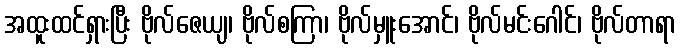
အထူးထင်ရှားပြီး ဗိုလ်ဇေယျ၊ ဗိုလ်စကြာ၊ ဗိုလ်မှူးအောင်၊ ဗိုလ်မင်းဂေါင်၊ ဗိုလ်တာရာ